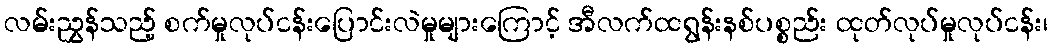
လမ်းညွှန်သည့် စက်မှုလုပ်ငန်းပြောင်းလဲမှုများကြောင့် အီလက်ထရွန်းနစ်ပစ္စည်း ထုတ်လုပ်မှုလုပ်ငန်း၊